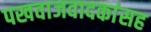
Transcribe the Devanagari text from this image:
पखवाजवादकांसह